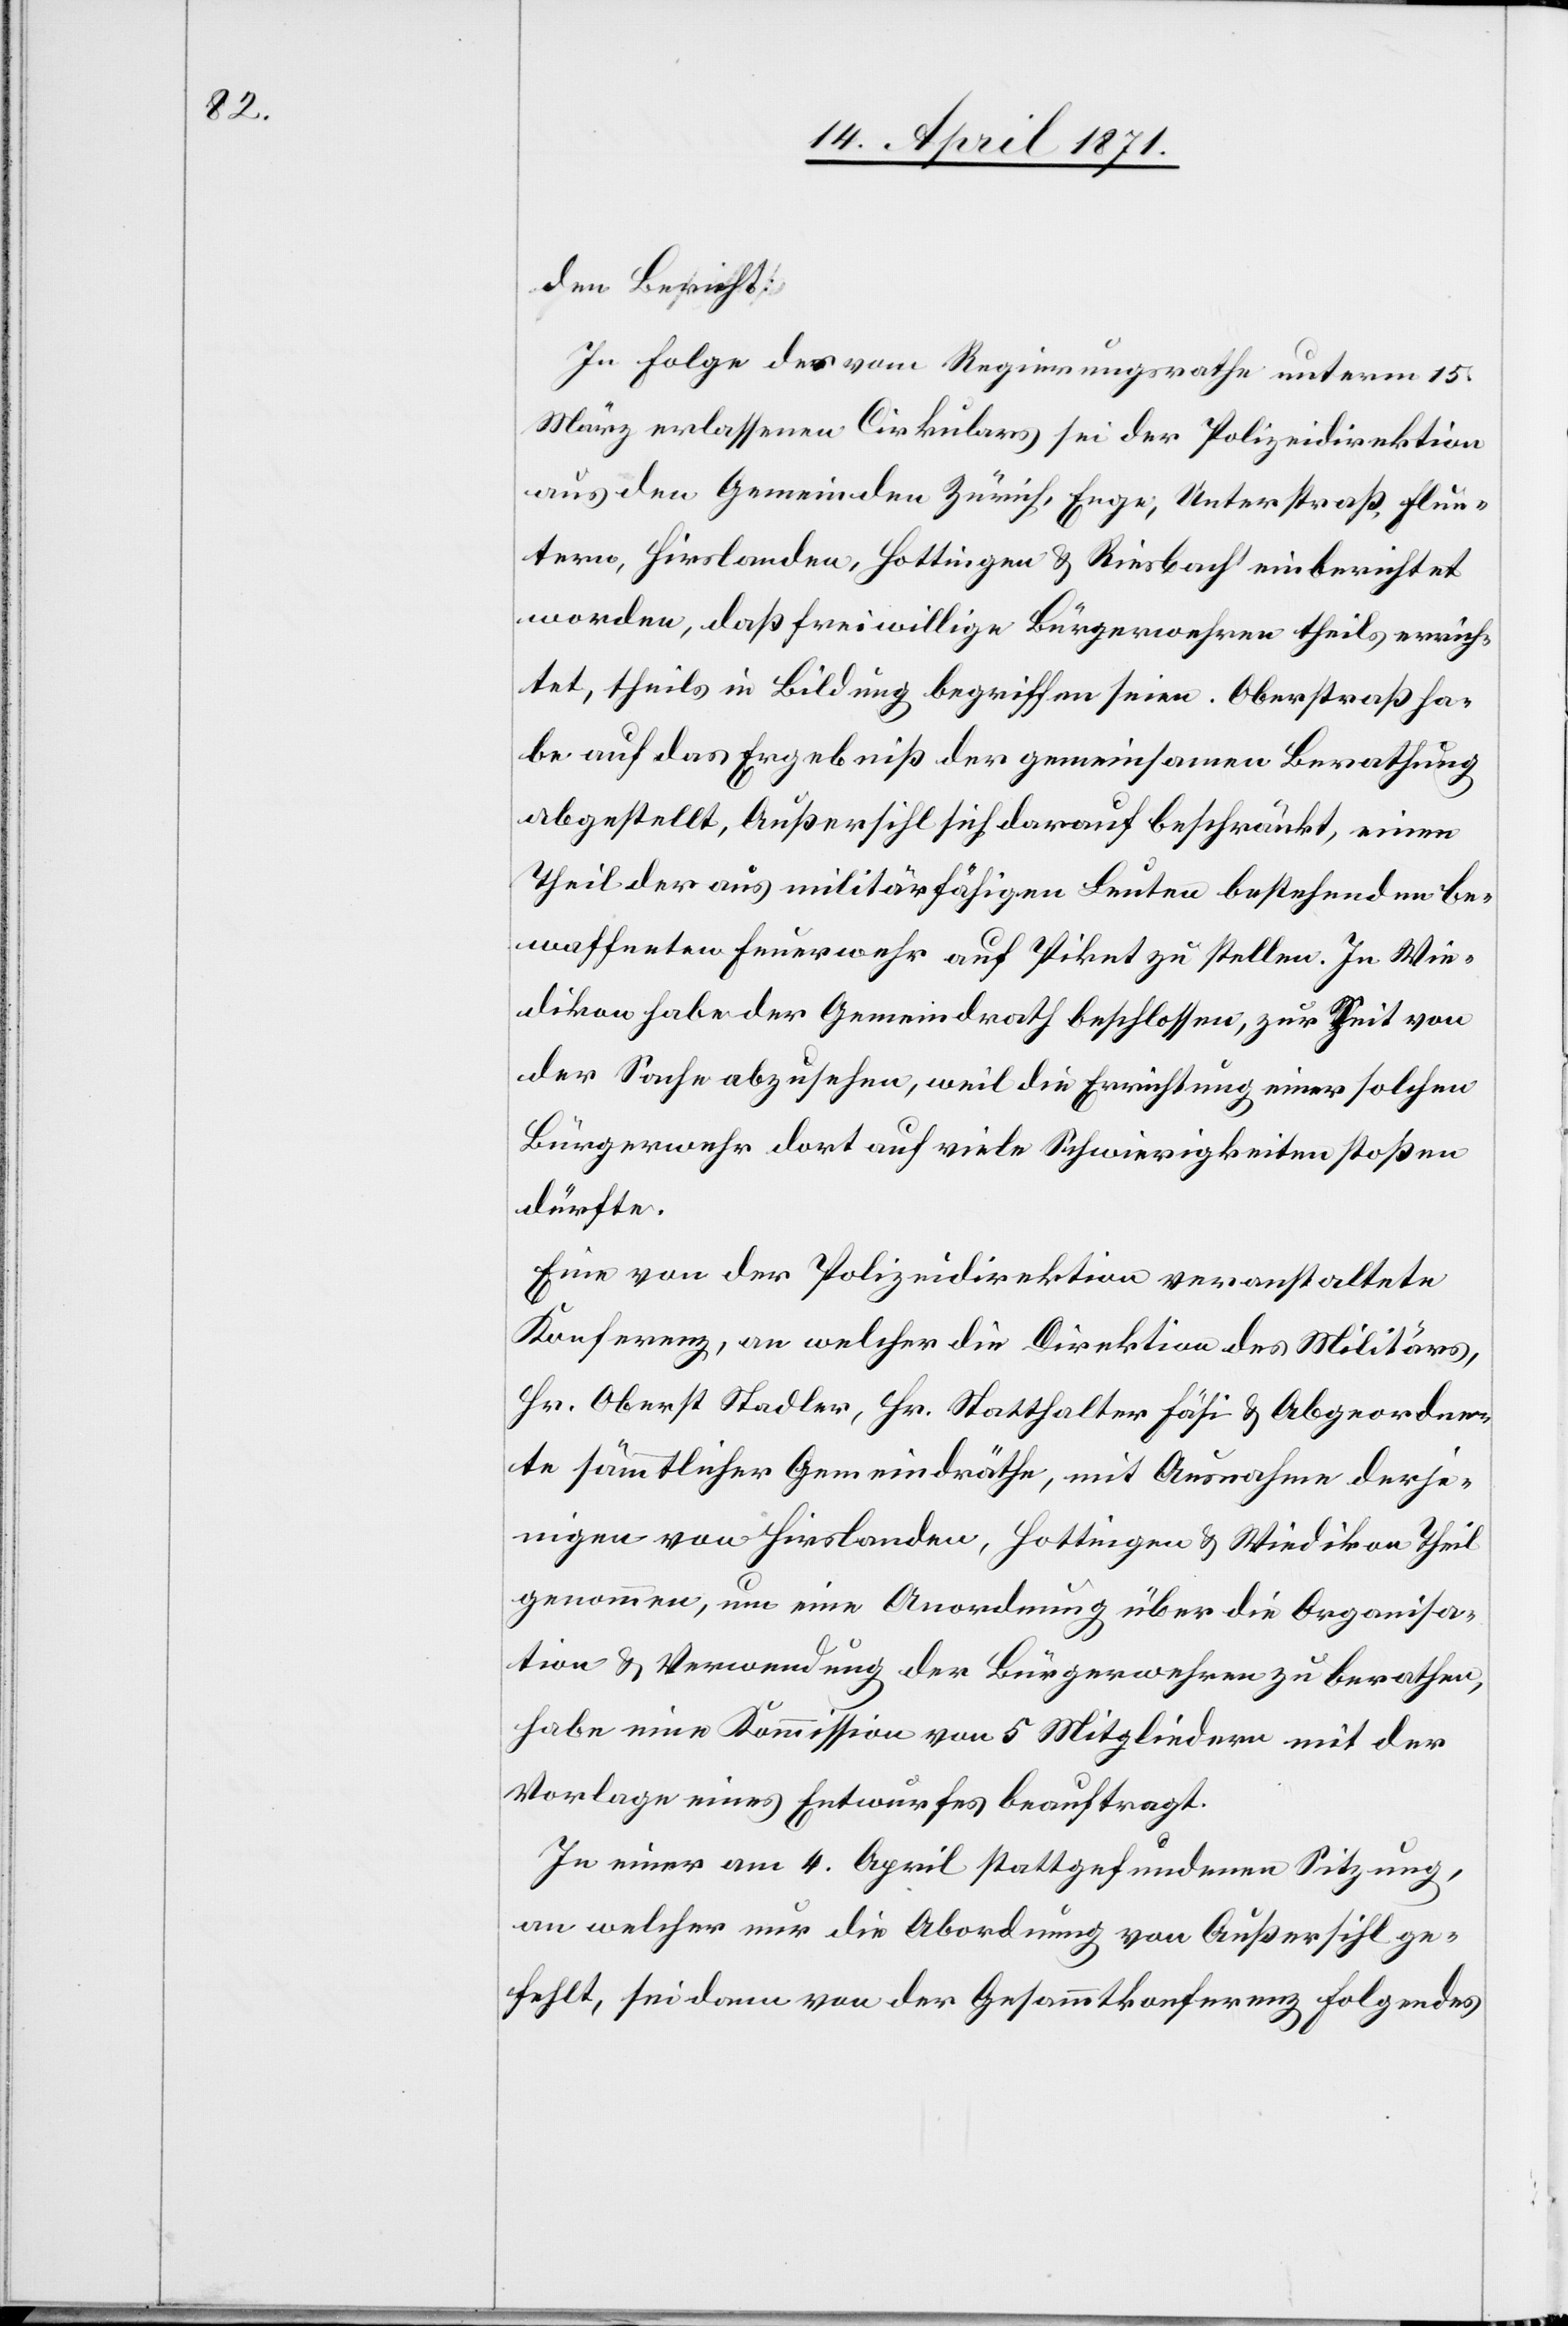
den Bericht:
In Folge des vom Regierungsrathe unterm 15.
März erlassenen Cirkulars sei der Polizeidirektion
aus den Gemeinden Zürich, Enge, Unterstraß, Flun¬
tern, Hirslanden, Hottingen u. Riesbach einberichtet
worden, daß freiwillige Bürgerwehren theils errich¬
tet, theils in Bildung begriffen seien. Oberstraß ha¬
be auf das Ergebniß der gemeinsamen Berathung
abgestellt, Außersihl sich darauf beschränkt, einen
Theil der aus militärfähigen Leuten bestehenden be¬
waffneten Feuerwehr auf Piket zu stellen. In Wie¬
dikon habe der Gemeindrath beschlossen, zur Zeit von
der Sache abzusehen, weil die Errichtung einer solchen
Bürgerwehr dort auf viele Schwierigkeiten stoßen
dürfte.
Eine von der Polizeidirektion veranstaltete
Konferenz, an welcher die Direktion des Militärs,
Hr. Oberst Stadler, Hr. Statthalter Fäsi u. Abgeordne¬
te sämmtlicher Gemeindräthe, mit Ausnahme derje¬
nigen von Hirslanden, Hottingen u. Wiedikon Theil
genommen, um eine Anordnung über die Organisa¬
tion u. Verwendung der Bürgerwehren zu berathen,
habe eine Kommission von 5 Mitgliedern mit der
Vorlage eines Entwurfes beauftragt.
In einer am 4. April stattgefundenen Sitzung,
an welcher nur die Abordnung von Außersihl ge¬
fehlt, sei dann von der Gesammtkonferenz Folgendes